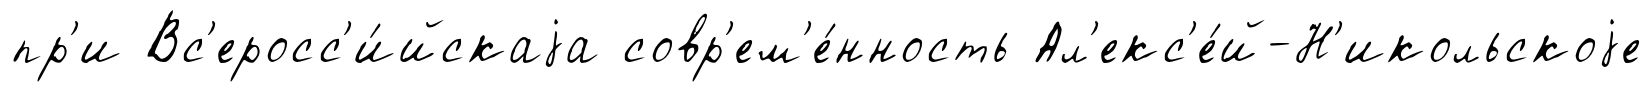
пр'и Вс'еросс'и́йскаjа совр'ем'е́нность Ал'екс'е́й-Н'икольскоjе